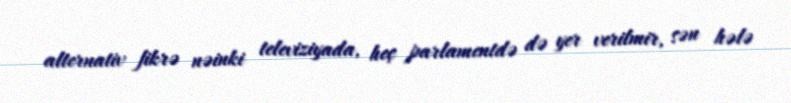
alternativ fikrə nəinki televiziyada, heç parlamentdə də yer verilmir, sən hələ